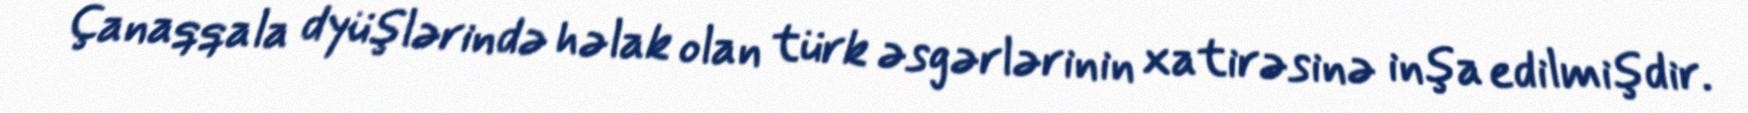
Çanaqqala dyüşlərində həlak olan türk əsgərlərinin xatirəsinə inşa edilmişdir.